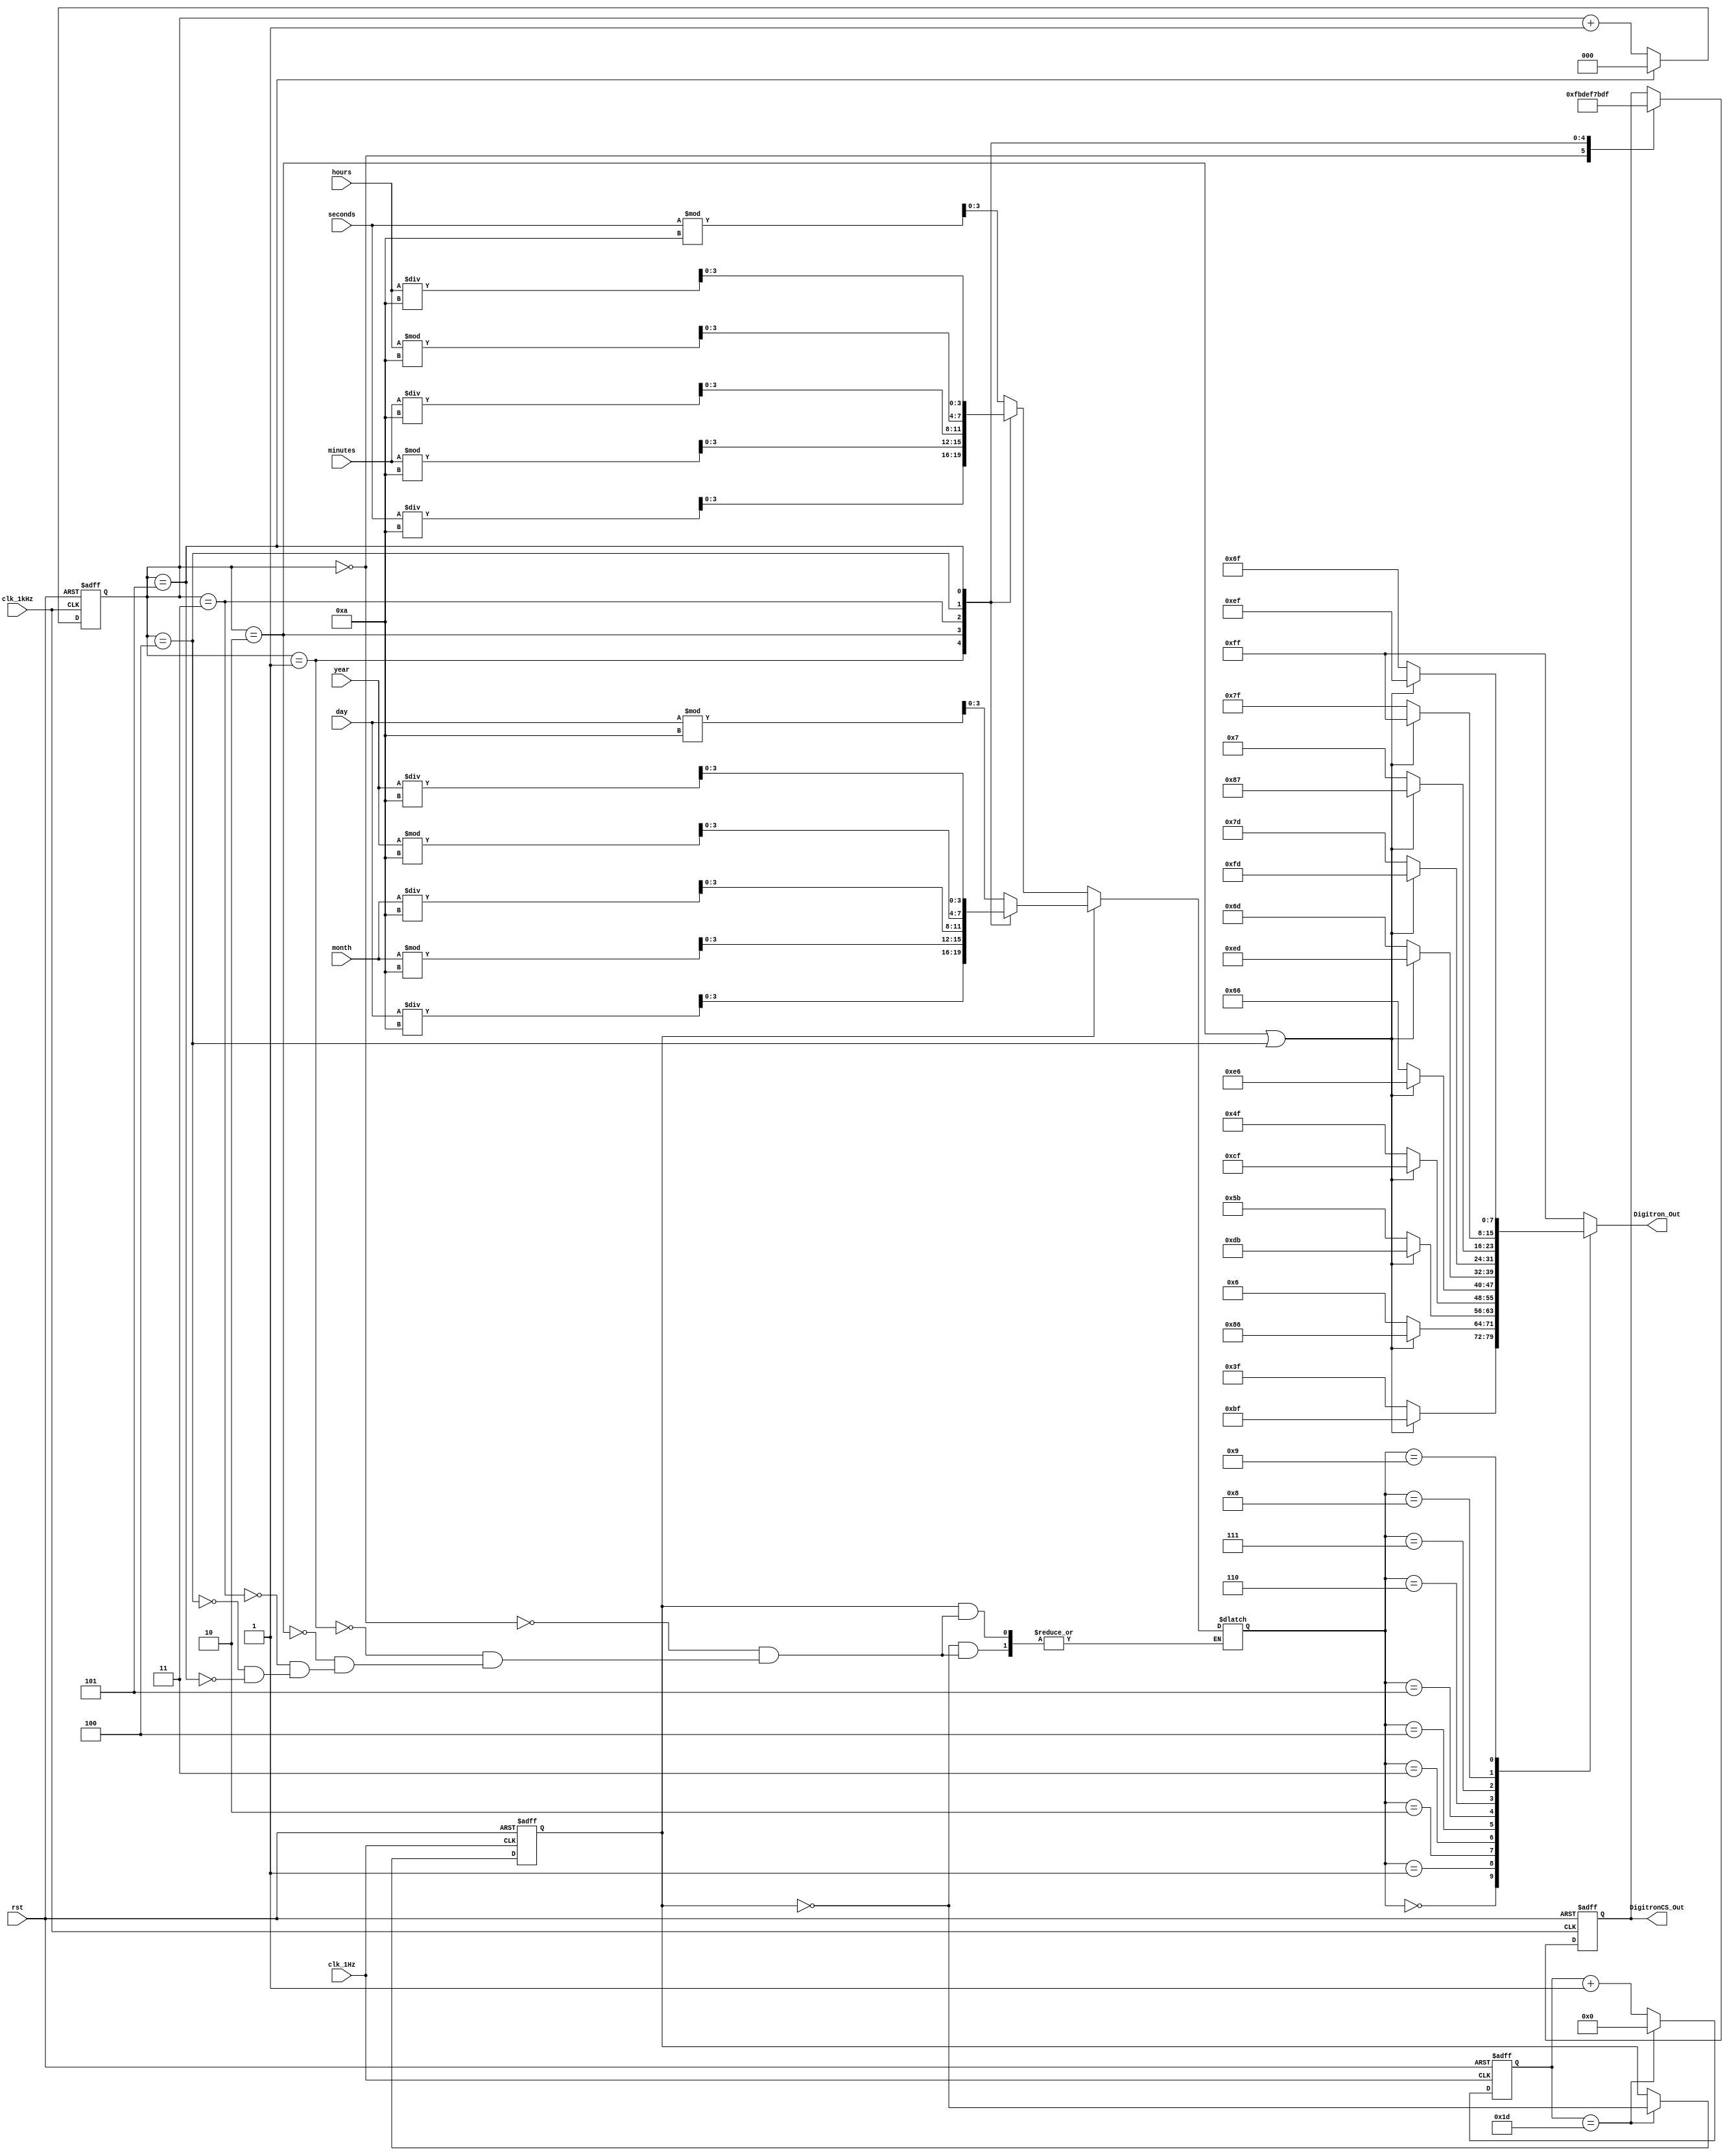
module display_controller (
    input wire clk_1kHz,          // 1kHz 
    input wire clk_1Hz,           // 1Hz 
    input wire rst,               // 
    input wire [4:0] hours,
    input wire [5:0] minutes,
    input wire [5:0] seconds,
    input wire [6:0] year,
    input wire [3:0] month,
    input wire [4:0] day,         
    output reg [7:0] Digitron_Out, // 
    output reg [5:0] DigitronCS_Out // 
);

reg [3:0] current_digit;
reg [2:0] display_state; // 
reg display_mode; // 01
reg [4:0] half_minute_counter;

// 
parameter _0 = 8'b0011_1111, _1 = 8'b0000_0110, _2 = 8'b0101_1011,
          _3 = 8'b0100_1111, _4 = 8'b0110_0110, _5 = 8'b0110_1101,
          _6 = 8'b0111_1101, _7 = 8'b0000_0111, _8 = 8'b0111_1111,
          _9 = 8'b0110_1111;

// 
always @(posedge clk_1Hz or posedge rst) begin
    if (rst) begin
        half_minute_counter <= 0;
        display_mode <= 0;
    end else begin
        if (half_minute_counter == 29) begin
            half_minute_counter <= 0;
            display_mode <= ~display_mode;
        end else begin
            half_minute_counter <= half_minute_counter + 1;
        end
    end
end
// 
always @(posedge clk_1kHz or posedge rst) begin
    if (rst) begin
        DigitronCS_Out <= 6'b111111; // 
        display_state <= 0;
    end else begin
        case (display_state)
            0: DigitronCS_Out <= 6'b111110; //  0
            1: DigitronCS_Out <= 6'b111101; //  1
            2: DigitronCS_Out <= 6'b111011; //  2
            3: DigitronCS_Out <= 6'b110111; //  3
            4: DigitronCS_Out <= 6'b101111; //  4
            5: DigitronCS_Out <= 6'b011111; //  5
        endcase
        display_state <= display_state + 1;
        if (display_state == 5) begin
            display_state <= 0;
        end
    end
end

// 
always @(*) begin
    if (display_mode == 0) begin
        case (display_state)
            0: current_digit <= seconds % 10;
            1: current_digit <= seconds / 10;
            2: current_digit <= minutes % 10;
            3: current_digit <= minutes / 10;
            4: current_digit <= hours % 10;
            5: current_digit <= hours / 10;
        endcase
    end else begin
        case (display_state)
            0: current_digit <= day % 10;
            1: current_digit <= day / 10;
            2: current_digit <= month % 10;
            3: current_digit <= month / 10;
            4: current_digit <= year % 10;
            5: current_digit <= year / 10;
        endcase
    end
end

// 
always @(*) begin
    case (current_digit)
        0: Digitron_Out <=(display_state == 2 || display_state == 4)?( _0 | 8'b1000_0000): _0;
        1: Digitron_Out <=(display_state == 2 || display_state == 4)?( _1 | 8'b1000_0000): _1;
        2: Digitron_Out <=(display_state == 2 || display_state == 4)?( _2 | 8'b1000_0000): _2;
        3: Digitron_Out <=(display_state == 2 || display_state == 4)?( _3 | 8'b1000_0000): _3;
        4: Digitron_Out <=(display_state == 2 || display_state == 4)?( _4 | 8'b1000_0000): _4;
        5: Digitron_Out <=(display_state == 2 || display_state == 4)?( _5 | 8'b1000_0000): _5;
        6: Digitron_Out <=(display_state == 2 || display_state == 4)?( _6 | 8'b1000_0000): _6;
        7: Digitron_Out <=(display_state == 2 || display_state == 4)?( _7 | 8'b1000_0000): _7;
        8: Digitron_Out <=(display_state == 2 || display_state == 4)?( _8 | 8'b1000_0000): _8;
        9: Digitron_Out <=(display_state == 2 || display_state == 4)?( _9 | 8'b1000_0000): _9;
        default: Digitron_Out <= 8'b1111_1111; // 
    endcase
	 
//  if (display_state == 2 || display_state == 4) begin
//       Digitron_Out <= Digitron_Out | 8'b1000_0000; // 1
//    end
end
endmodule